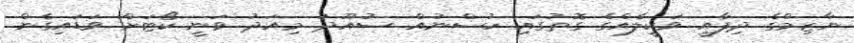
ނާޒިމްގެ ދިފާއީ ވަކީލެއްގެ ގޮތުގައި ހުސްނުއް ސުއޫދު މިއަދު ވަނީ ކޯޓަށް ވަޑައިގެން